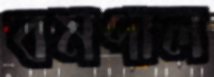
বমপাল